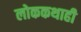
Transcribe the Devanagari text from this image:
लोककथाही